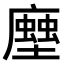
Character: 𧑢